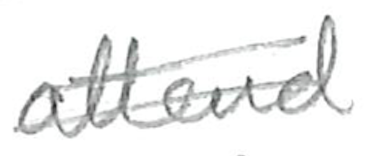
Text: attend
Cross-out: double-line
Writing tool: pencil